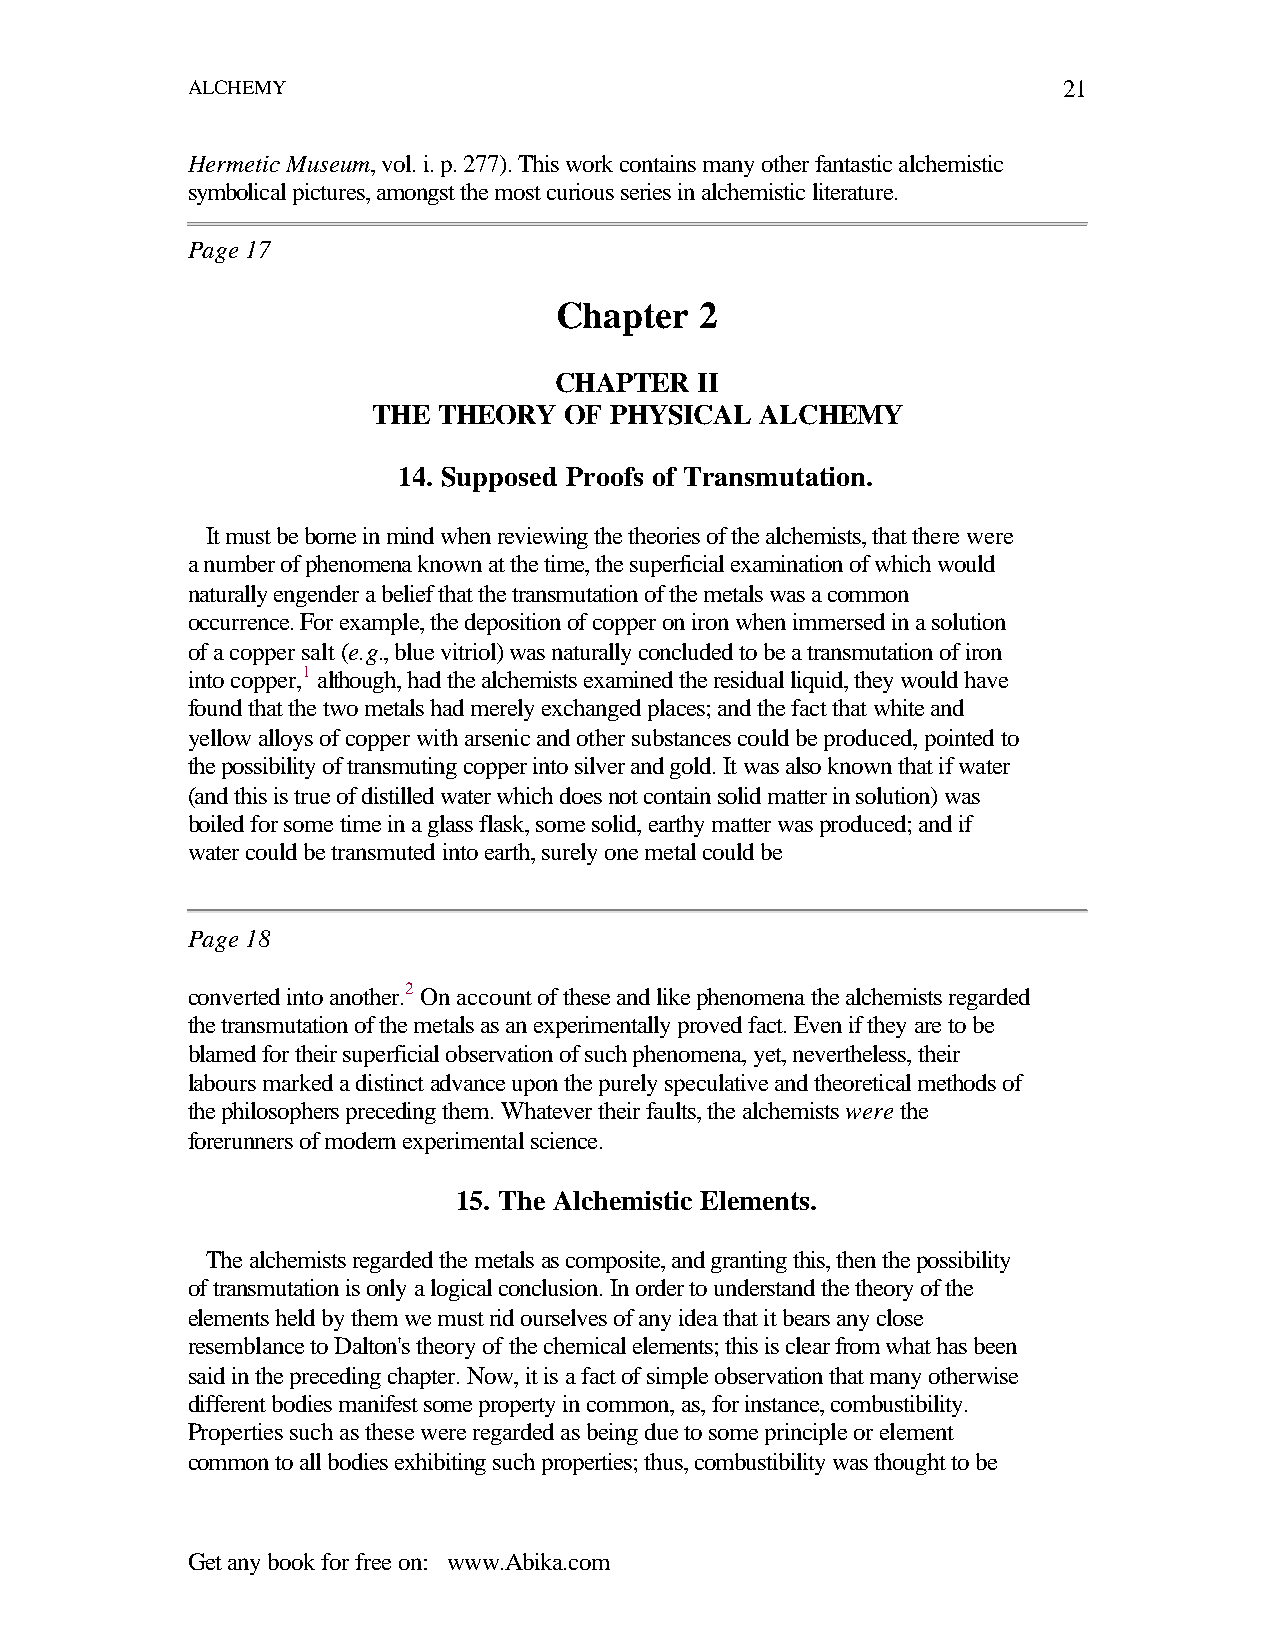
ALCHEMY                                                   21
 Hermetic Museum, vol. i. p. 277). This work contains many other fantastic alchemistic
 symbolical pictures, amongst the most curious series in alchemistic literature.
 Page 17
 Chapter  2
 CHAPTER  II
 THE THEORY  OF PHYSICAL  ALCHEMY
 14. Supposed Proofs of Transmutation.
 It must be borne in mind when reviewing the theories of the alchemists, that there were
 a number of phenomena known at the time, the superficial examination of which would
 naturally engender a belief that the transmutation of the metals was a common
 occurrence. For example, the deposition of copper on iron when immersed in a solution
 of a copper salt (e.g., blue vitriol) was naturally concluded to be a transmutation of iron
 into copper,1 although, had the alchemists examined the residual liquid, they would have
 found that the two metals had merely exchanged places; and the fact that white and
 yellow alloys of copper with arsenic and other substances could be produced, pointed to
 the possibility of transmuting copper into silver and gold. It was also known that if water
 (and this is true of distilled water which does not contain solid matter in solution) was
 boiled for some time in a glass flask, some solid, earthy matter was produced; and if
 water could be transmuted into earth, surely one metal could be
 Page 18
 converted into another.2 On account of these and like phenomena the alchemists regarded
 the transmutation of the metals as an experimentally proved fact. Even if they are to be
 blamed for their superficial observation of such phenomena, yet, nevertheless, their
 labours marked a distinct advance upon the purely speculative and theoretical methods of
 the philosophers preceding them. Whatever their faults, the alchemists were the
 forerunners of modern experimental science.
 15. The Alchemistic Elements.
 The alchemists regarded the metals as composite, and granting this, then the possibility
 of transmutation is only a logical conclusion. In order to understand the theory of the
 elements held by them we must rid ourselves of any idea that it bears any close
 resemblance to Dalton's theory of the chemical elements; this is clear from what has been
 said in the preceding chapter. Now, it is a fact of simple observation that many otherwise
 different bodies manifest some property in common, as, for instance, combustibility.
 Properties such as these were regarded as being due to some principle or element
 common to all bodies exhibiting such properties; thus, combustibility was thought to be
 Get any book for free on: www.Abika.com